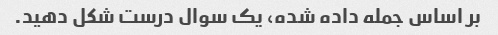
بر اساس جمله داده شده، یک سوال درست شکل دهید.